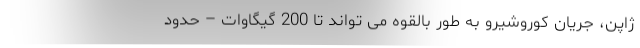
ژاپن، جریان کوروشیرو به طور بالقوه می تواند تا 200 گیگاوات – حدود